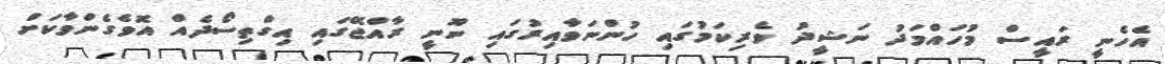
އެހެނީ ރައީސް މުހައްމަދު ނަޝީދު ވެރިކަމުގައި ހުންނަވާއިރުގައި ނޫނީ ރާއްޖޭގައި އިގްތިސޯދެއް އޮވެގެންވާކަށް